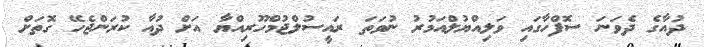
ދުއާގެ ދެވަނަ ސޮފްހާގައި ވަލިއްޔުލްއަމުރު ނުވަތަ ރައީސުލްޖުމްހޫރިއްޔާ އަށް ދުއާ ކުރަންޖެހޭ ގޮތަށް